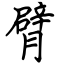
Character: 臂